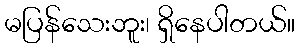
မပြန်သေးဘူး၊ ရှိနေပါတယ်။